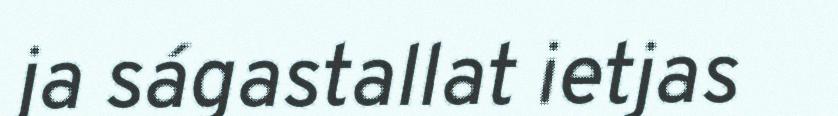
ja ságastallat ietjas